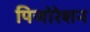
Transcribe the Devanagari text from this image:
पिजोरेशन